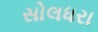
સોલધરા